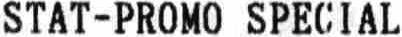
STAT-PROMO SPECIAL